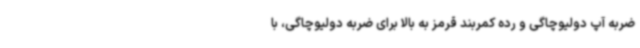
ضربه آپ دولیوچاگی و رده کمربند قرمز به بالا برای ضربه دولیوچاگی، با